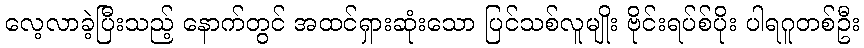
လေ့လာခဲ့ပြီးသည့် နောက်တွင် အထင်ရှားဆုံးသော ပြင်သစ်လူမျိုး ဗိုင်းရပ်စ်ပိုး ပါရဂူတစ်ဦး